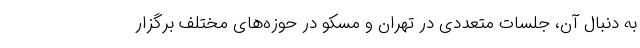
به دنبال آن، جلسات متعددی در تهران و مسکو در حوزه‌های مختلف برگزار